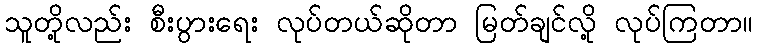
သူတို့လည်း စီးပွားရေး လုပ်တယ်ဆိုတာ မြတ်ချင်လို့ လုပ်ကြတာ။